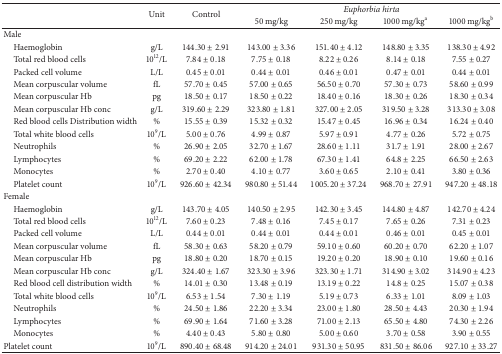
<table><thead><tr><td><b> </b></td><td rowspan="2"><b>Unit</b></td><td rowspan="2"><b>Control</b></td><td colspan="4"><b><i>Euphorbia hirta </i></b></td></tr><tr><td><b> </b></td><td><b>50 mg/kg </b></td><td><b>250 mg/kg </b></td><td><b>1000 mg/kg<sup>a </sup></b></td><td><b>1000 mg/kg<sup>b</sup></b></td></tr></thead><tbody><tr><td>Male</td><td> </td><td> </td><td> </td><td> </td><td> </td><td> </td></tr><tr><td> Haemoglobin </td><td>g/L </td><td>144.30 ± 2.91</td><td>143.00 ± 3.36</td><td>151.40 ± 4.12</td><td>148.80 ± 3.35</td><td>138.30 ± 4.92</td></tr><tr><td> Total red blood cells </td><td>10<sup>12</sup>/L </td><td>7.84 ± 0.18</td><td>7.75 ± 0.18</td><td>8.22 ± 0.26</td><td>8.14 ± 0.18</td><td>7.55 ± 0.27</td></tr><tr><td> Packed cell volume </td><td>L/L </td><td>0.45 ± 0.01</td><td>0.44 ± 0.01</td><td>0.46 ± 0.01</td><td>0.47 ± 0.01</td><td>0.44 ± 0.01</td></tr><tr><td> Mean corpuscular volume </td><td>fL </td><td>57.70 ± 0.45</td><td>57.00 ± 0.65</td><td>56.50 ± 0.70</td><td>57.30 ± 0.73</td><td>58.60 ± 0.99</td></tr><tr><td> Mean corpuscular Hb </td><td>pg</td><td>18.50 ± 0.17</td><td>18.50 ± 0.22</td><td>18.40 ± 0.16</td><td>18.30 ± 0.26</td><td>18.30 ± 0.34</td></tr><tr><td> Mean corpuscular Hb conc </td><td>g/L </td><td>319.60 ± 2.29</td><td>323.80 ± 1.81</td><td>327.00 ± 2.05</td><td>319.50 ± 3.28</td><td>313.30 ± 3.08</td></tr><tr><td> Red blood cells Distribution width </td><td>%</td><td>15.55 ± 0.39</td><td>15.32 ± 0.32</td><td>15.47 ± 0.45</td><td>16.96 ± 0.34</td><td>16.24 ± 0.40</td></tr><tr><td> Total white blood cells </td><td>10<sup>9</sup>/L </td><td>5.00 ± 0.76</td><td>4.99 ± 0.87</td><td>5.97 ± 0.91</td><td>4.77 ± 0.26</td><td>5.72 ± 0.75</td></tr><tr><td> Neutrophils</td><td>%</td><td>26.90 ± 2.05</td><td>32.70 ± 1.67</td><td>28.60 ± 1.11</td><td>31.7 ± 1.91</td><td>28.00 ± 2.67</td></tr><tr><td> Lymphocytes </td><td>%</td><td>69.20 ± 2.22</td><td>62.00 ± 1.78</td><td>67.30 ± 1.41</td><td>64.8 ± 2.25</td><td>66.50 ± 2.63</td></tr><tr><td> Monocytes </td><td>%</td><td>2.70 ± 0.40</td><td>4.10 ± 0.77</td><td>3.60 ± 0.65</td><td>2.10 ± 0.41</td><td>3.80 ± 0.36</td></tr><tr><td> Platelet count </td><td>10<sup>9</sup>/L </td><td>926.60 ± 42.34</td><td>980.80 ± 51.44</td><td>1005.20 ± 37.24</td><td>968.70 ± 27.91</td><td>947.20 ± 48.18</td></tr><tr><td>Female</td><td> </td><td> </td><td> </td><td> </td><td> </td><td> </td></tr><tr><td> Haemoglobin </td><td>g/L </td><td>143.70 ± 4.05</td><td>140.50 ± 2.95</td><td>142.30 ± 3.45</td><td>144.80 ± 4.87</td><td>142.70 ± 4.24</td></tr><tr><td> Total red blood cells </td><td>10<sup>12</sup>/L </td><td>7.60 ± 0.23</td><td>7.48 ± 0.16</td><td>7.45 ± 0.17</td><td>7.65 ± 0.26</td><td>7.31 ± 0.23</td></tr><tr><td> Packed cell volume </td><td>L/L </td><td>0.44 ± 0.01</td><td>0.44 ± 0.01</td><td>0.44 ± 0.01</td><td>0.46 ± 0.01</td><td>0.45 ± 0.01</td></tr><tr><td> Mean corpuscular volume </td><td>fL </td><td>58.30 ± 0.63</td><td>58.20 ± 0.79</td><td>59.10 ± 0.60</td><td>60.20 ± 0.70</td><td>62.20 ± 1.07</td></tr><tr><td> Mean corpuscular Hb </td><td>pg</td><td>18.80 ± 0.20</td><td>18.70 ± 0.15</td><td>19.20 ± 0.20</td><td>18.90 ± 0.10</td><td>19.60 ± 0.16</td></tr><tr><td> Mean corpuscular Hb conc </td><td>g/L </td><td>324.40 ± 1.67</td><td>323.30 ± 3.96</td><td>323.30 ± 1.71</td><td>314.90 ± 3.02</td><td>314.90 ± 4.23</td></tr><tr><td> Red blood cell distribution width </td><td>%</td><td>14.01 ± 0.30</td><td>13.48 ± 0.19</td><td>13.19 ± 0.22</td><td>14.8 ± 0.25</td><td>15.07 ± 0.38</td></tr><tr><td> Total white blood cells </td><td>10<sup>9</sup>/L </td><td>6.53 ± 1.54</td><td>7.30 ± 1.19</td><td>5.19 ± 0.73</td><td>6.33 ± 1.01</td><td>8.09 ± 1.03</td></tr><tr><td> Neutrophils</td><td>%</td><td>24.50 ± 1.86</td><td>22.20 ± 3.34</td><td>23.00 ± 1.80</td><td>28.50 ± 4.43</td><td>20.30 ± 1.94</td></tr><tr><td> Lymphocytes </td><td>%</td><td>69.90 ± 1.64</td><td>71.60 ± 3.28</td><td>71.00 ± 2.13</td><td>65.50 ± 4.80</td><td>74.30 ± 2.26</td></tr><tr><td> Monocytes </td><td>%</td><td>4.40 ± 0.43</td><td>5.80 ± 0.80</td><td>5.00 ± 0.60</td><td>3.70 ± 0.58</td><td>3.90 ± 0.55</td></tr><tr><td>Platelet count </td><td>10<sup>9</sup>/L </td><td>890.40 ± 68.48</td><td>914.20 ± 24.01</td><td>931.30 ± 50.95</td><td>831.50 ± 86.06</td><td>927.10 ± 33.27</td></tr></tbody></table>